65_HS1-834228961_62-HQ-83894_Section_9
Agency: FBI
Page 126
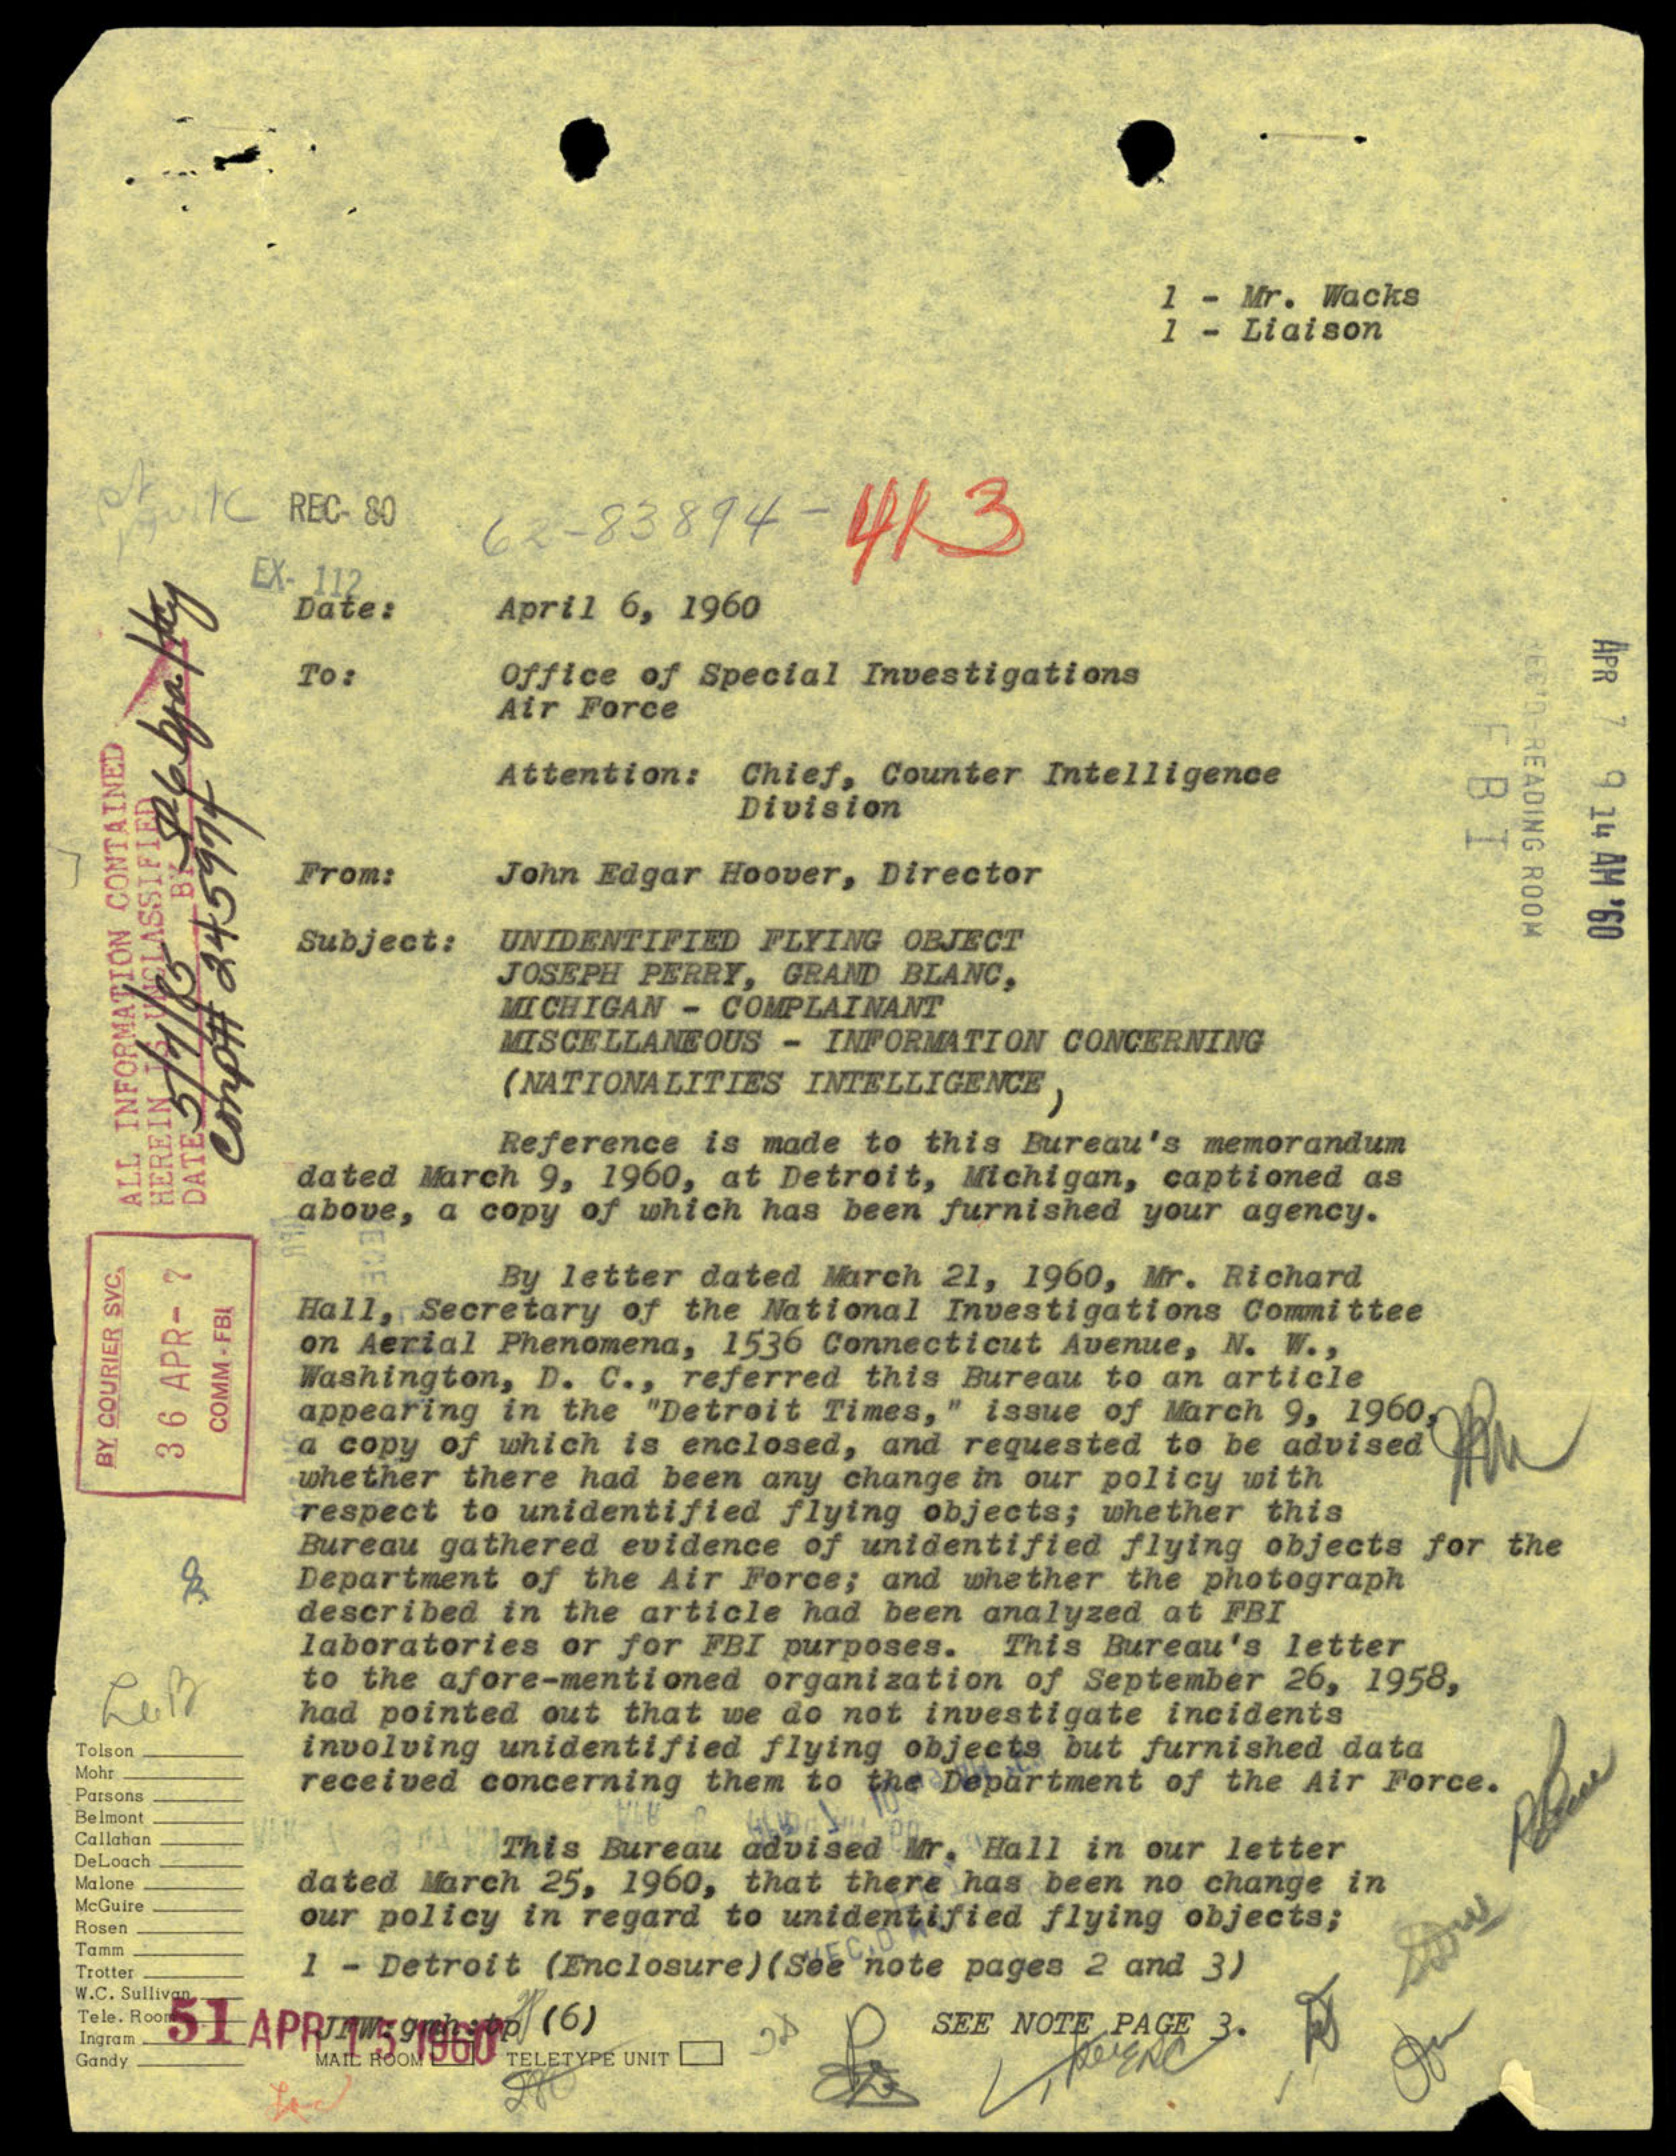